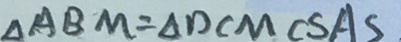
\Delta A B M = \Delta D C M C S A S